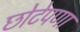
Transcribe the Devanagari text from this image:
छोटेपणा